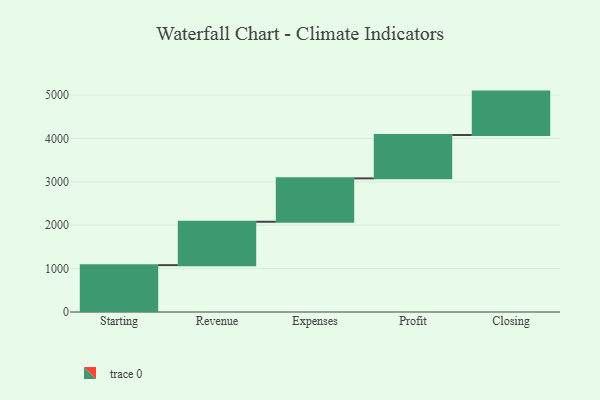
{"axis": {"x": "Step", "y": "Value"}, "legend": [""], "data": [{"x": "Starting", "y": 1080.0, "type": ""}, {"x": "Revenue", "y": 1000, "type": ""}, {"x": "Expenses", "y": 1000, "type": ""}, {"x": "Profit", "y": 1000, "type": ""}, {"x": "Closing", "y": 1000, "type": ""}]}